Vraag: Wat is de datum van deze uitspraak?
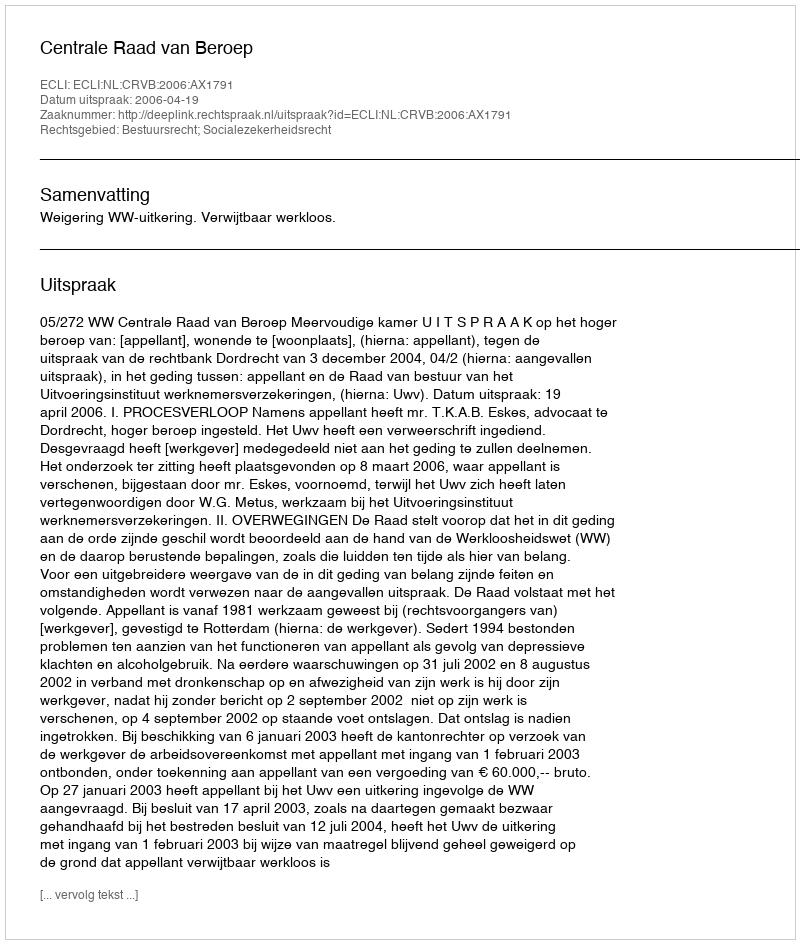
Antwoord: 2006-04-19